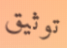
توثيق